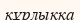
құрлыққа